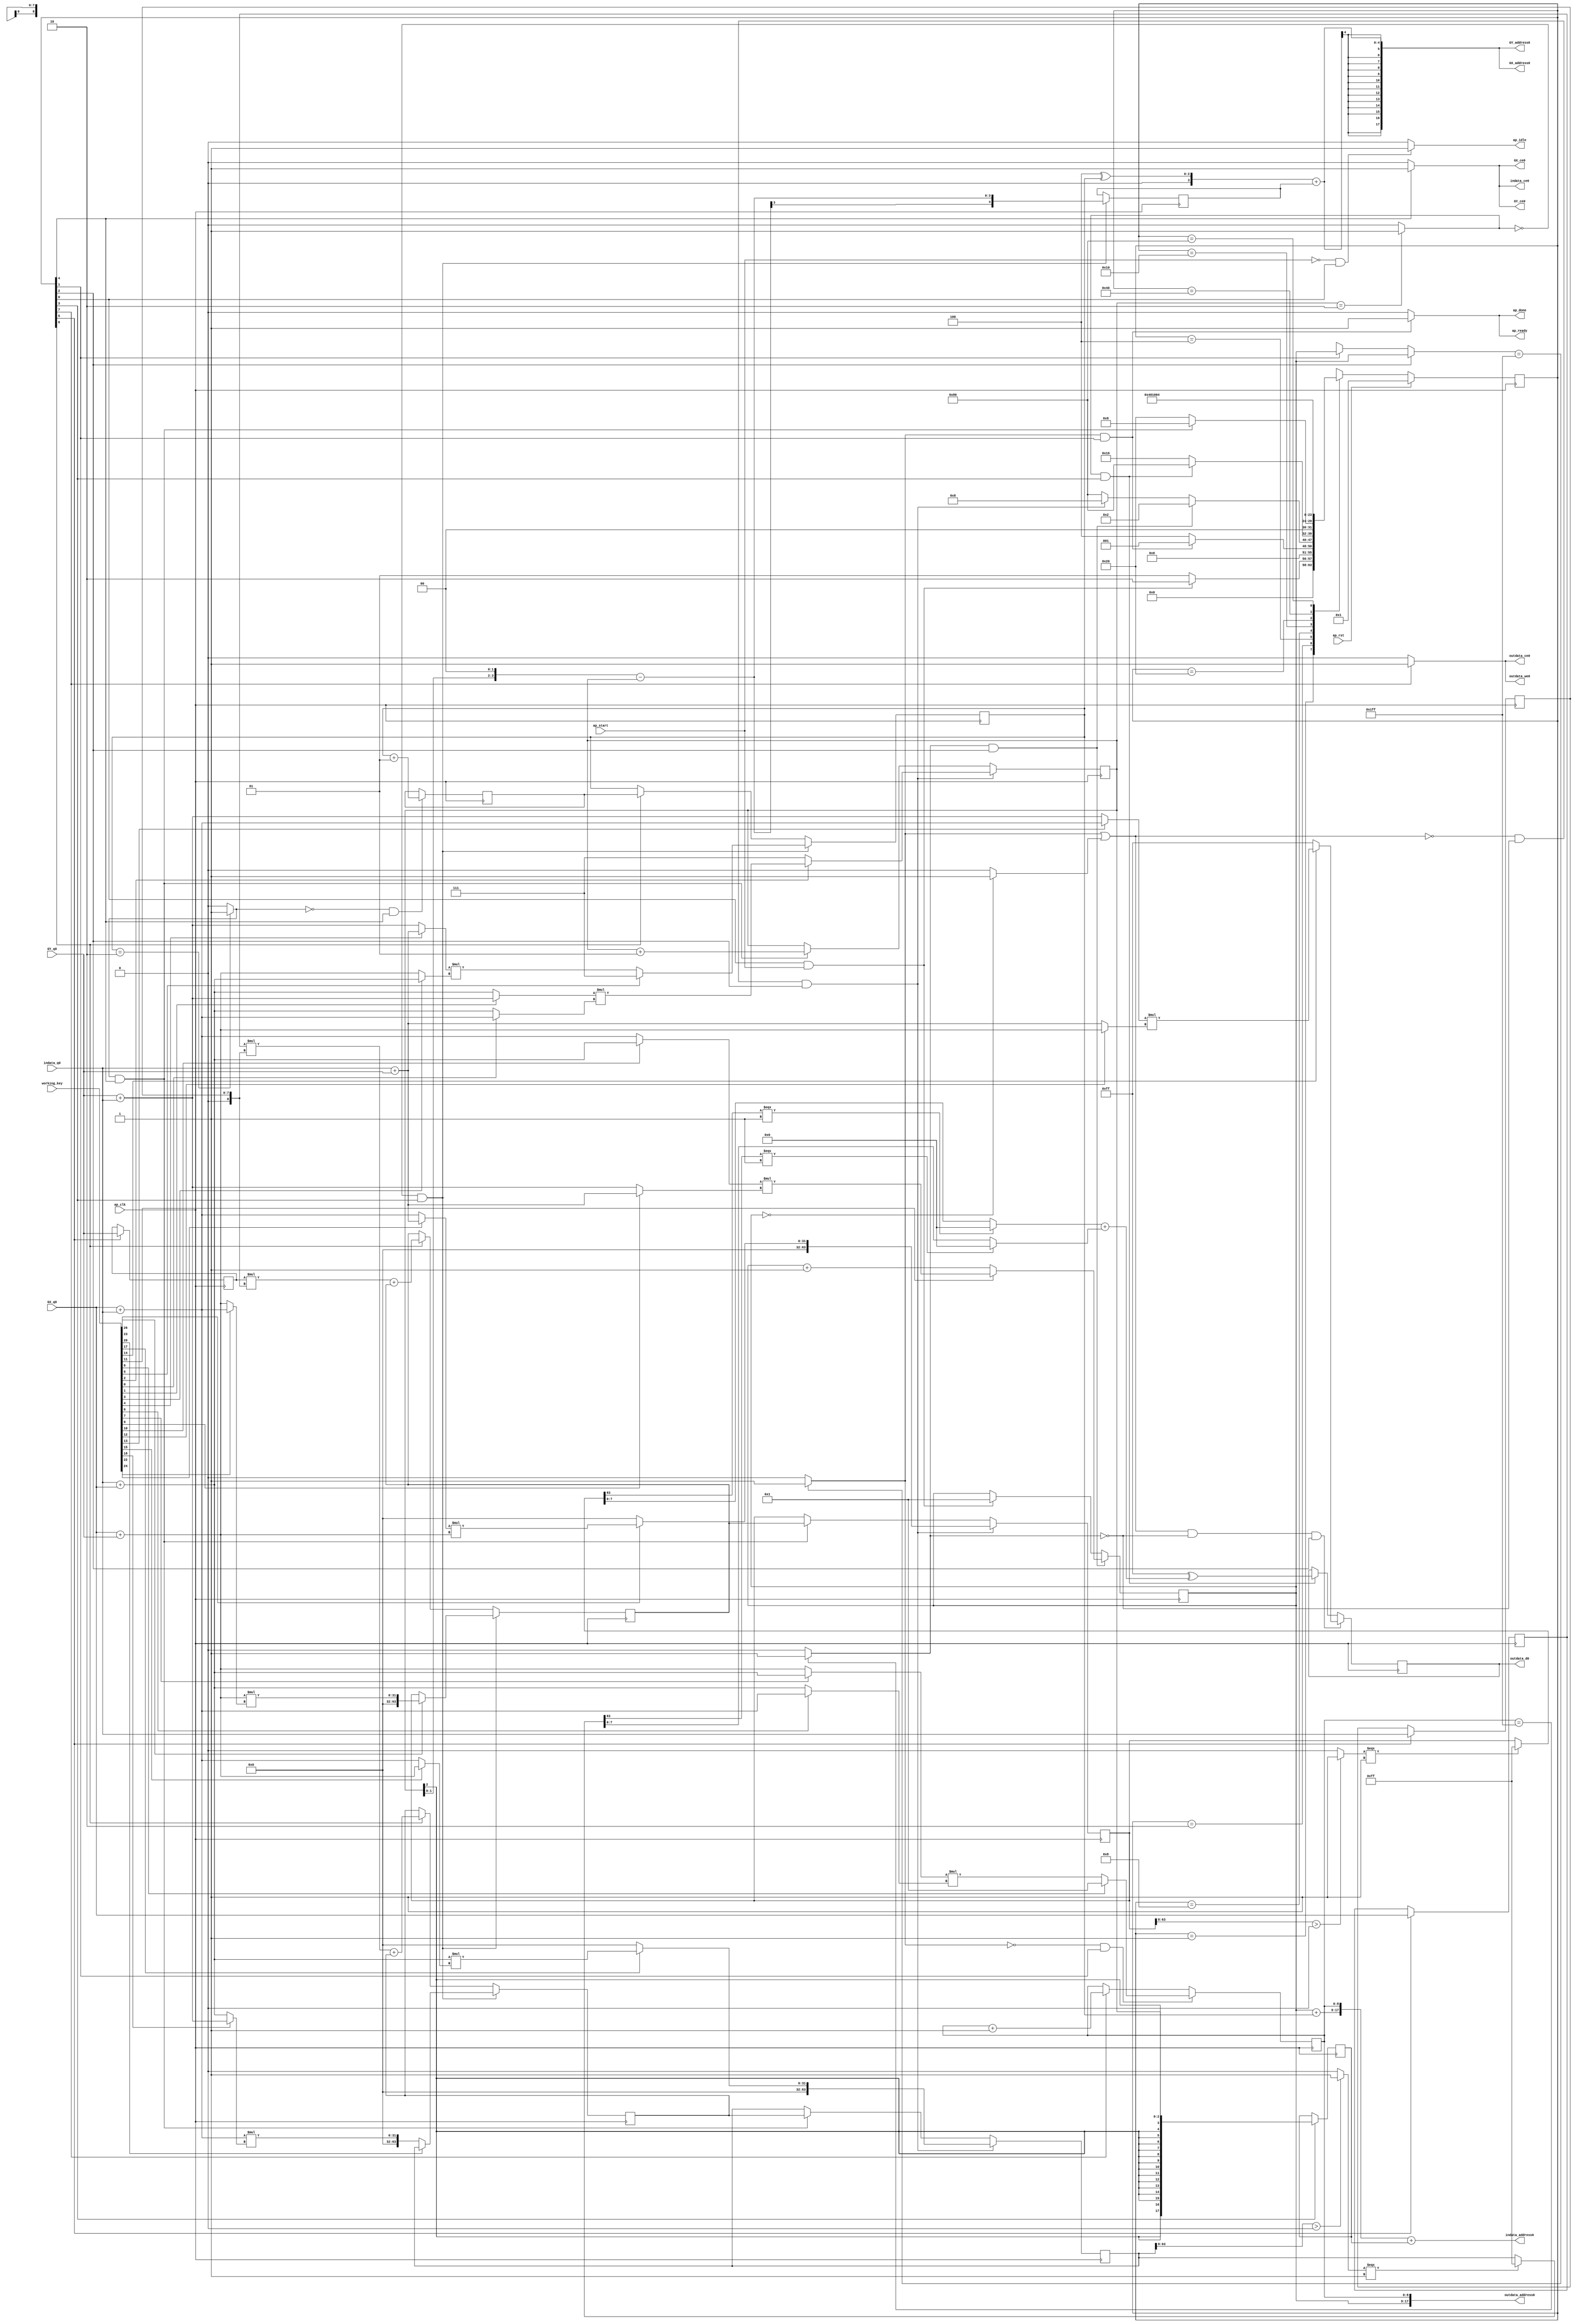

module sobel_0_obf
(
  ap_clk,
  ap_rst,
  ap_start,
  ap_done,
  ap_idle,
  ap_ready,
  indata_address0,
  indata_ce0,
  indata_q0,
  outdata_address0,
  outdata_ce0,
  outdata_we0,
  outdata_d0,
  GX_address0,
  GX_ce0,
  GX_q0,
  GY_address0,
  GY_ce0,
  GY_q0,
  working_key,
);

  parameter ap_ST_fsm_state1 = 8'd1;
  parameter ap_ST_fsm_state2 = 8'd2;
  parameter ap_ST_fsm_state3 = 8'd4;
  parameter ap_ST_fsm_state4 = 8'd8;
  parameter ap_ST_fsm_state5 = 8'd16;
  parameter ap_ST_fsm_state6 = 8'd32;
  parameter ap_ST_fsm_state7 = 8'd64;
  parameter ap_ST_fsm_state8 = 8'd128;
  input ap_clk;
  input ap_rst;
  input ap_start;
  output ap_done;
  output ap_idle;
  output ap_ready;
  input [26:0]working_key;
  output [17:0] indata_address0;
  output indata_ce0;
  input [7:0] indata_q0;
  output [17:0] outdata_address0;
  output outdata_ce0;
  output outdata_we0;
  output [7:0] outdata_d0;
  output [17:0] GX_address0;
  output GX_ce0;
  input [31:0] GX_q0;
  output [17:0] GY_address0;
  output GY_ce0;
  input [31:0] GY_q0;
  reg ap_done;
  reg ap_idle;
  reg ap_ready;
  reg indata_ce0;
  reg outdata_ce0;
  reg outdata_we0;
  reg GX_ce0;
  reg GY_ce0;
  reg [7:0] ap_CS_fsm;
  wire ap_CS_fsm_state1;
  wire [8:0] Y_fu_242_p2;
  wire ap_CS_fsm_state3;
  wire [0:0] icmp_ln14_fu_224_p2;
  wire signed [17:0] sext_ln37_fu_248_p1;
  reg signed [17:0] sext_ln37_reg_521;
  wire ap_CS_fsm_state4;
  wire signed [4:0] sext_ln39_1_fu_280_p1;
  reg signed [4:0] sext_ln39_1_reg_529;
  wire [0:0] icmp_ln37_fu_256_p2;
  wire [7:0] xor_ln51_fu_378_p2;
  wire ap_CS_fsm_state5;
  wire [0:0] icmp_ln38_fu_384_p2;
  wire [2:0] J_fu_443_p2;
  reg [2:0] J_reg_557;
  wire [2:0] I_fu_449_p2;
  reg [7:0] indata_load_reg_567;
  wire ap_CS_fsm_state6;
  reg signed [31:0] GX_load_reg_572;
  reg signed [31:0] GY_load_reg_577;
  wire [63:0] sumX_fu_467_p2;
  wire ap_CS_fsm_state7;
  wire [63:0] sumY_fu_482_p2;
  wire [8:0] X_fu_501_p2;
  wire ap_CS_fsm_state8;
  wire [8:0] ap_phi_mux_Y_0_phi_fu_114_p4;
  reg [8:0] Y_0_reg_110;
  reg [8:0] X_0_reg_122;
  wire ap_CS_fsm_state2;
  wire [0:0] grp_fu_217_p2;
  reg [63:0] sumY_0_reg_134;
  wire [0:0] empty_7_fu_236_p2;
  reg [63:0] sumX_0_reg_146;
  reg signed [2:0] I_0_reg_158;
  reg [63:0] sumY_1_reg_170;
  reg [63:0] sumX_1_reg_182;
  reg signed [2:0] J_0_reg_194;
  reg [7:0] phi_ln53_reg_205;
  wire [63:0] zext_ln39_fu_413_p1;
  wire [63:0] zext_ln39_3_fu_437_p1;
  wire [63:0] zext_ln53_fu_496_p1;
  reg [8:0] grp_fu_217_p0;
  wire [0:0] empty_6_fu_230_p2;
  wire [1:0] trunc_ln39_fu_262_p1;
  wire [3:0] shl_ln_fu_266_p3;
  wire signed [3:0] sext_ln37_1_fu_252_p1;
  wire [3:0] sub_ln39_fu_274_p2;
  wire [55:0] tmp_1_fu_284_p4;
  wire [0:0] icmp_ln43_fu_294_p2;
  wire [63:0] select_ln43_fu_300_p3;
  wire [0:0] tmp_2_fu_308_p3;
  wire [7:0] trunc_ln44_fu_316_p1;
  wire [55:0] tmp_3_fu_328_p4;
  wire [0:0] icmp_ln47_fu_338_p2;
  wire [63:0] select_ln47_fu_344_p3;
  wire [0:0] tmp_4_fu_352_p3;
  wire [7:0] trunc_ln48_fu_360_p1;
  wire [7:0] select_ln48_fu_364_p3;
  wire [7:0] select_ln44_fu_320_p3;
  wire [7:0] add_ln51_fu_372_p2;
  wire signed [8:0] sext_ln39_2_fu_390_p1;
  wire [8:0] add_ln39_fu_394_p2;
  wire [17:0] tmp_fu_400_p3;
  wire [17:0] add_ln39_1_fu_408_p2;
  wire [2:0] xor_ln39_fu_418_p2;
  wire [4:0] zext_ln39_2_fu_424_p1;
  wire [4:0] add_ln39_2_fu_428_p2;
  wire signed [31:0] sext_ln39_3_fu_433_p1;
  wire [7:0] mul_ln39_fu_458_p1;
  wire [31:0] zext_ln39_1_fu_455_p1;
  wire [31:0] mul_ln39_fu_458_p2;
  wire signed [63:0] sext_ln39_fu_463_p1;
  wire [7:0] mul_ln40_fu_473_p1;
  wire [31:0] mul_ln40_fu_473_p2;
  wire signed [63:0] sext_ln40_fu_478_p1;
  wire [17:0] add_ln_fu_488_p3;
  reg [7:0] ap_NS_fsm;
  wire [31:0] temp100;
  wire [31:0] temp102;
  wire [31:0] temp103;
  wire [31:0] temp104;
  wire [31:0] temp106;
  wire [31:0] temp107;
  wire [31:0] temp108;
  wire [31:0] temp110;
  wire [31:0] temp111;
  wire [31:0] temp112;
  wire [31:0] temp114;
  wire [31:0] temp115;
  wire [31:0] temp116;
  wire [31:0] temp118;
  wire [31:0] temp119;
  wire [31:0] temp120;
  wire [31:0] temp122;
  wire [31:0] temp123;
  wire [31:0] temp124;
  wire [31:0] temp126;
  wire [31:0] temp127;
  wire [31:0] temp128;
  wire [31:0] temp130;
  wire [31:0] temp131;
  wire [31:0] temp132;
  wire [31:0] temp134;
  wire [31:0] temp135;

  initial begin
    #0 ap_CS_fsm = 8'd1;
  end


  always @(posedge ap_clk) begin
    if(ap_rst == 1'b1) begin
      ap_CS_fsm <= ap_ST_fsm_state1;
    end else begin
      ap_CS_fsm <= ap_NS_fsm;
    end
  end


  always @(posedge ap_clk) begin
    if((empty_7_fu_236_p2 == 1'd0) & (icmp_ln14_fu_224_p2 == 1'd0) & (1'b1 == ap_CS_fsm_state3)) begin
      if(working_key[2] == 1'b1) begin
        I_0_reg_158 <= temp100;
      end else begin
        I_0_reg_158 <= 3'd7;
      end
    end else if((icmp_ln38_fu_384_p2 == 1'd1) & (1'b1 == ap_CS_fsm_state5)) begin
      I_0_reg_158 <= I_fu_449_p2;
    end 
  end


  always @(posedge ap_clk) begin
    if((icmp_ln37_fu_256_p2 == 1'd0) & (1'b1 == ap_CS_fsm_state4)) begin
      if(working_key[5] == 1'b1) begin
        J_0_reg_194 <= 3'd7;
      end else begin
        J_0_reg_194 <= temp104;
      end
    end else if(1'b1 == ap_CS_fsm_state7) begin
      J_0_reg_194 <= J_reg_557;
    end 
  end


  always @(posedge ap_clk) begin
    if((grp_fu_217_p2 == 1'd0) & (1'b1 == ap_CS_fsm_state2)) begin
      if(working_key[8] == 1'b1) begin
        X_0_reg_122 <= 9'd1;
      end else begin
        X_0_reg_122 <= temp108;
      end
    end else if(1'b1 == ap_CS_fsm_state8) begin
      X_0_reg_122 <= X_fu_501_p2;
    end 
  end


  always @(posedge ap_clk) begin
    if((icmp_ln14_fu_224_p2 == 1'd1) & (1'b1 == ap_CS_fsm_state3)) begin
      if(working_key[11] == 1'b1) begin
        Y_0_reg_110 <= temp112;
      end else begin
        Y_0_reg_110 <= Y_fu_242_p2;
      end
    end else if((1'b1 == ap_CS_fsm_state1) & (ap_start == 1'b1)) begin
      Y_0_reg_110 <= 9'd1;
    end 
  end


  always @(posedge ap_clk) begin
    if((empty_7_fu_236_p2 == 1'd1) & (icmp_ln14_fu_224_p2 == 1'd0) & (1'b1 == ap_CS_fsm_state3)) begin
      if(working_key[14] == 1'b1) begin
        phi_ln53_reg_205 <= temp116;
      end else begin
        phi_ln53_reg_205 <= 8'd255;
      end
    end else if((icmp_ln37_fu_256_p2 == 1'd1) & (1'b1 == ap_CS_fsm_state4)) begin
      phi_ln53_reg_205 <= xor_ln51_fu_378_p2;
    end 
  end


  always @(posedge ap_clk) begin
    if((empty_7_fu_236_p2 == 1'd0) & (icmp_ln14_fu_224_p2 == 1'd0) & (1'b1 == ap_CS_fsm_state3)) begin
      if(working_key[17] == 1'b1) begin
        sumX_0_reg_146 <= temp120;
      end else begin
        sumX_0_reg_146 <= 64'd0;
      end
    end else if((icmp_ln38_fu_384_p2 == 1'd1) & (1'b1 == ap_CS_fsm_state5)) begin
      sumX_0_reg_146 <= sumX_1_reg_182;
    end 
  end


  always @(posedge ap_clk) begin
    if((icmp_ln37_fu_256_p2 == 1'd0) & (1'b1 == ap_CS_fsm_state4)) begin
      if(working_key[20] == 1'b1) begin
        sumX_1_reg_182 <= sumX_0_reg_146;
      end else begin
        sumX_1_reg_182 <= temp124;
      end
    end else if(1'b1 == ap_CS_fsm_state7) begin
      sumX_1_reg_182 <= sumX_fu_467_p2;
    end 
  end


  always @(posedge ap_clk) begin
    if((empty_7_fu_236_p2 == 1'd0) & (icmp_ln14_fu_224_p2 == 1'd0) & (1'b1 == ap_CS_fsm_state3)) begin
      if(working_key[23] == 1'b1) begin
        sumY_0_reg_134 <= temp128;
      end else begin
        sumY_0_reg_134 <= 64'd0;
      end
    end else if((icmp_ln38_fu_384_p2 == 1'd1) & (1'b1 == ap_CS_fsm_state5)) begin
      sumY_0_reg_134 <= sumY_1_reg_170;
    end 
  end


  always @(posedge ap_clk) begin
    if((icmp_ln37_fu_256_p2 == 1'd0) & (1'b1 == ap_CS_fsm_state4)) begin
      if(working_key[26] == 1'b1) begin
        sumY_1_reg_170 <= temp132;
      end else begin
        sumY_1_reg_170 <= sumY_0_reg_134;
      end
    end else if(1'b1 == ap_CS_fsm_state7) begin
      sumY_1_reg_170 <= sumY_fu_482_p2;
    end 
  end


  always @(posedge ap_clk) begin
    if(1'b1 == ap_CS_fsm_state6) begin
      GX_load_reg_572 <= GX_q0;
      GY_load_reg_577 <= GY_q0;
      indata_load_reg_567 <= indata_q0;
    end 
  end


  always @(posedge ap_clk) begin
    if((icmp_ln38_fu_384_p2 == 1'd0) & (1'b1 == ap_CS_fsm_state5)) begin
      J_reg_557 <= J_fu_443_p2;
    end 
  end


  always @(posedge ap_clk) begin
    if(1'b1 == ap_CS_fsm_state4) begin
      sext_ln37_reg_521 <= sext_ln37_fu_248_p1;
    end 
  end


  always @(posedge ap_clk) begin
    if((icmp_ln37_fu_256_p2 == 1'd0) & (1'b1 == ap_CS_fsm_state4)) begin
      sext_ln39_1_reg_529 <= sext_ln39_1_fu_280_p1;
    end 
  end


  always @(*) begin
    if(1'b1 == ap_CS_fsm_state5) begin
      GX_ce0 = 1'b1;
    end else begin
      GX_ce0 = 1'b0;
    end
  end


  always @(*) begin
    if(1'b1 == ap_CS_fsm_state5) begin
      GY_ce0 = 1'b1;
    end else begin
      GY_ce0 = 1'b0;
    end
  end


  always @(*) begin
    if((grp_fu_217_p2 == 1'd1) & (1'b1 == ap_CS_fsm_state2)) begin
      ap_done = 1'b1;
    end else begin
      ap_done = 1'b0;
    end
  end


  always @(*) begin
    if((ap_start == 1'b0) & (1'b1 == ap_CS_fsm_state1)) begin
      ap_idle = 1'b1;
    end else begin
      ap_idle = 1'b0;
    end
  end


  always @(*) begin
    if((grp_fu_217_p2 == 1'd1) & (1'b1 == ap_CS_fsm_state2)) begin
      ap_ready = 1'b1;
    end else begin
      ap_ready = 1'b0;
    end
  end


  always @(*) begin
    if(1'b1 == ap_CS_fsm_state3) begin
      grp_fu_217_p0 = Y_0_reg_110;
    end else if(1'b1 == ap_CS_fsm_state2) begin
      grp_fu_217_p0 = ap_phi_mux_Y_0_phi_fu_114_p4;
    end else begin
      grp_fu_217_p0 = 'bx;
    end
  end


  always @(*) begin
    if(1'b1 == ap_CS_fsm_state5) begin
      indata_ce0 = 1'b1;
    end else begin
      indata_ce0 = 1'b0;
    end
  end


  always @(*) begin
    if(1'b1 == ap_CS_fsm_state8) begin
      outdata_ce0 = 1'b1;
    end else begin
      outdata_ce0 = 1'b0;
    end
  end


  always @(*) begin
    if(1'b1 == ap_CS_fsm_state8) begin
      outdata_we0 = 1'b1;
    end else begin
      outdata_we0 = 1'b0;
    end
  end


  always @(*) begin
    case(ap_CS_fsm)
      ap_ST_fsm_state1: begin
        if((1'b1 == ap_CS_fsm_state1) & (ap_start == 1'b1)) begin
          ap_NS_fsm = ap_ST_fsm_state2;
        end else begin
          ap_NS_fsm = ap_ST_fsm_state1;
        end
      end
      ap_ST_fsm_state2: begin
        if((grp_fu_217_p2 == 1'd1) & (1'b1 == ap_CS_fsm_state2)) begin
          ap_NS_fsm = ap_ST_fsm_state1;
        end else begin
          ap_NS_fsm = ap_ST_fsm_state3;
        end
      end
      ap_ST_fsm_state3: begin
        if((icmp_ln14_fu_224_p2 == 1'd1) & (1'b1 == ap_CS_fsm_state3)) begin
          ap_NS_fsm = ap_ST_fsm_state2;
        end else if((empty_7_fu_236_p2 == 1'd0) & (icmp_ln14_fu_224_p2 == 1'd0) & (1'b1 == ap_CS_fsm_state3)) begin
          ap_NS_fsm = ap_ST_fsm_state4;
        end else begin
          ap_NS_fsm = ap_ST_fsm_state8;
        end
      end
      ap_ST_fsm_state4: begin
        if((icmp_ln37_fu_256_p2 == 1'd1) & (1'b1 == ap_CS_fsm_state4)) begin
          ap_NS_fsm = ap_ST_fsm_state8;
        end else begin
          ap_NS_fsm = ap_ST_fsm_state5;
        end
      end
      ap_ST_fsm_state5: begin
        if((icmp_ln38_fu_384_p2 == 1'd1) & (1'b1 == ap_CS_fsm_state5)) begin
          ap_NS_fsm = ap_ST_fsm_state4;
        end else begin
          ap_NS_fsm = ap_ST_fsm_state6;
        end
      end
      ap_ST_fsm_state6: begin
        ap_NS_fsm = ap_ST_fsm_state7;
      end
      ap_ST_fsm_state7: begin
        ap_NS_fsm = ap_ST_fsm_state5;
      end
      ap_ST_fsm_state8: begin
        ap_NS_fsm = ap_ST_fsm_state3;
      end
      default: begin
        ap_NS_fsm = 'bx;
      end
    endcase
  end

  assign GX_address0 = zext_ln39_3_fu_437_p1;
  assign GY_address0 = zext_ln39_3_fu_437_p1;
  assign I_fu_449_p2 = $signed(I_0_reg_158) + $signed(3'd1);
  assign J_fu_443_p2 = $signed(J_0_reg_194) + $signed(3'd1);
  assign X_fu_501_p2 = X_0_reg_122 + 9'd1;
  assign Y_fu_242_p2 = Y_0_reg_110 + 9'd1;
  assign add_ln39_1_fu_408_p2 = $signed(tmp_fu_400_p3) + $signed(sext_ln37_reg_521);
  assign add_ln39_2_fu_428_p2 = $signed(zext_ln39_2_fu_424_p1) + $signed(sext_ln39_1_reg_529);
  assign add_ln39_fu_394_p2 = $signed(Y_0_reg_110) + $signed(sext_ln39_2_fu_390_p1);
  assign add_ln51_fu_372_p2 = select_ln48_fu_364_p3 + select_ln44_fu_320_p3;
  assign add_ln_fu_488_p3 = { { Y_0_reg_110 }, { X_0_reg_122 } };
  assign ap_CS_fsm_state1 = ap_CS_fsm[32'd0];
  assign ap_CS_fsm_state2 = ap_CS_fsm[32'd1];
  assign ap_CS_fsm_state3 = ap_CS_fsm[32'd2];
  assign ap_CS_fsm_state4 = ap_CS_fsm[32'd3];
  assign ap_CS_fsm_state5 = ap_CS_fsm[32'd4];
  assign ap_CS_fsm_state6 = ap_CS_fsm[32'd5];
  assign ap_CS_fsm_state7 = ap_CS_fsm[32'd6];
  assign ap_CS_fsm_state8 = ap_CS_fsm[32'd7];
  assign ap_phi_mux_Y_0_phi_fu_114_p4 = Y_0_reg_110;
  assign empty_6_fu_230_p2 = (Y_0_reg_110 == 9'd0)? 1'b1 : 1'b0;
  assign empty_7_fu_236_p2 = grp_fu_217_p2 | empty_6_fu_230_p2;
  assign grp_fu_217_p2 = (grp_fu_217_p0 == 9'd511)? 1'b1 : 1'b0;
  assign icmp_ln14_fu_224_p2 = (X_0_reg_122 == 9'd511)? 1'b1 : 1'b0;
  assign icmp_ln37_fu_256_p2 = (I_0_reg_158 == 3'd2)? 1'b1 : 1'b0;
  assign icmp_ln38_fu_384_p2 = (J_0_reg_194 == 3'd2)? 1'b1 : 1'b0;
  assign icmp_ln43_fu_294_p2 = ($signed(tmp_1_fu_284_p4) > $signed(56'd0))? 1'b1 : 1'b0;
  assign icmp_ln47_fu_338_p2 = ($signed(tmp_3_fu_328_p4) > $signed(56'd0))? 1'b1 : 1'b0;
  assign indata_address0 = zext_ln39_fu_413_p1;
  assign mul_ln39_fu_458_p1 = zext_ln39_1_fu_455_p1;
  assign mul_ln39_fu_458_p2 = $signed(GX_load_reg_572) * $signed({ { 1'b0 }, { mul_ln39_fu_458_p1 } });
  assign mul_ln40_fu_473_p1 = zext_ln39_1_fu_455_p1;
  assign mul_ln40_fu_473_p2 = $signed(GY_load_reg_577) * $signed({ { 1'b0 }, { mul_ln40_fu_473_p1 } });
  assign outdata_address0 = zext_ln53_fu_496_p1;
  assign outdata_d0 = phi_ln53_reg_205;
  assign select_ln43_fu_300_p3 = (icmp_ln43_fu_294_p2[0:0] === 1'b1)? 64'd255 : sumX_0_reg_146;
  assign select_ln44_fu_320_p3 = (tmp_2_fu_308_p3[0:0] === 1'b1)? 8'd0 : trunc_ln44_fu_316_p1;
  assign select_ln47_fu_344_p3 = (icmp_ln47_fu_338_p2[0:0] === 1'b1)? 64'd255 : sumY_0_reg_134;
  assign select_ln48_fu_364_p3 = (tmp_4_fu_352_p3[0:0] === 1'b1)? 8'd0 : trunc_ln48_fu_360_p1;
  assign sext_ln37_1_fu_252_p1 = I_0_reg_158;
  assign sext_ln37_fu_248_p1 = I_0_reg_158;
  assign sext_ln39_1_fu_280_p1 = $signed(sub_ln39_fu_274_p2);
  assign sext_ln39_2_fu_390_p1 = J_0_reg_194;
  assign sext_ln39_3_fu_433_p1 = $signed(add_ln39_2_fu_428_p2);
  assign sext_ln39_fu_463_p1 = $signed(mul_ln39_fu_458_p2);
  assign sext_ln40_fu_478_p1 = $signed(mul_ln40_fu_473_p2);
  assign shl_ln_fu_266_p3 = { { trunc_ln39_fu_262_p1 }, { 2'd0 } };
  assign sub_ln39_fu_274_p2 = $signed(shl_ln_fu_266_p3) - $signed(sext_ln37_1_fu_252_p1);
  assign sumX_fu_467_p2 = $signed(sext_ln39_fu_463_p1) + $signed(sumX_1_reg_182);
  assign sumY_fu_482_p2 = $signed(sext_ln40_fu_478_p1) + $signed(sumY_1_reg_170);
  assign tmp_1_fu_284_p4 = { { sumX_0_reg_146[63:8] } };
  assign tmp_2_fu_308_p3 = select_ln43_fu_300_p3[32'd63];
  assign tmp_3_fu_328_p4 = { { sumY_0_reg_134[63:8] } };
  assign tmp_4_fu_352_p3 = select_ln47_fu_344_p3[32'd63];
  assign tmp_fu_400_p3 = { { add_ln39_fu_394_p2 }, { X_0_reg_122 } };
  assign trunc_ln39_fu_262_p1 = I_0_reg_158[1:0];
  assign trunc_ln44_fu_316_p1 = select_ln43_fu_300_p3[7:0];
  assign trunc_ln48_fu_360_p1 = select_ln47_fu_344_p3[7:0];
  assign xor_ln39_fu_418_p2 = 3'd4 ^ J_0_reg_194;
  assign xor_ln51_fu_378_p2 = 8'd255 ^ add_ln51_fu_372_p2;
  assign zext_ln39_1_fu_455_p1 = indata_load_reg_567;
  assign zext_ln39_2_fu_424_p1 = xor_ln39_fu_418_p2;
  assign zext_ln39_3_fu_437_p1 = $unsigned(sext_ln39_3_fu_433_p1);
  assign zext_ln39_fu_413_p1 = add_ln39_1_fu_408_p2;
  assign zext_ln53_fu_496_p1 = add_ln_fu_488_p3;

  assign temp100 = temp102 * temp103;
  assign temp103 = (working_key[0] == 1'b1)? GX_q0 + indata_q0 : indata_q0 + GX_q0;
  assign temp102 = (working_key[1] == 1'b1)? GY_q0 + indata_q0 : indata_q0 + GX_q0;
  assign temp104 = temp106 * temp107;
  assign temp107 = (working_key[3] == 1'b1)? indata_q0 + GX_q0 : GX_q0 + GY_q0;
  assign temp106 = (working_key[4] == 1'b1)? indata_q0 + GY_q0 : GY_q0 + indata_q0;
  assign temp108 = temp110 * temp111;
  assign temp111 = (working_key[6] == 1'b1)? GX_q0 + indata_q0 : indata_q0 + GX_q0;
  assign temp110 = (working_key[7] == 1'b1)? indata_q0 + GX_q0 : GY_q0 + GX_q0;
  assign temp112 = temp114 * temp115;
  assign temp115 = (working_key[9] == 1'b1)? indata_q0 + GY_q0 : GY_q0 + indata_q0;
  assign temp114 = (working_key[10] == 1'b1)? indata_q0 + GX_q0 : GX_q0 + indata_q0;
  assign temp116 = temp118 * temp119;
  assign temp119 = (working_key[12] == 1'b1)? GY_q0 + GX_q0 : indata_q0 + GY_q0;
  assign temp118 = (working_key[13] == 1'b1)? GX_q0 + indata_q0 : GY_q0 + indata_q0;
  assign temp120 = temp122 * temp123;
  assign temp123 = (working_key[15] == 1'b1)? GY_q0 + GX_q0 : GX_q0 + indata_q0;
  assign temp122 = (working_key[16] == 1'b1)? indata_q0 + GX_q0 : indata_q0 + GX_q0;
  assign temp124 = temp126 * temp127;
  assign temp127 = (working_key[18] == 1'b1)? GY_q0 + indata_q0 : indata_q0 + GX_q0;
  assign temp126 = (working_key[19] == 1'b1)? GX_q0 + indata_q0 : GX_q0 + indata_q0;
  assign temp128 = temp130 * temp131;
  assign temp131 = (working_key[21] == 1'b1)? GY_q0 + GX_q0 : GX_q0 + GY_q0;
  assign temp130 = (working_key[22] == 1'b1)? indata_q0 + GY_q0 : GX_q0 + indata_q0;
  assign temp132 = temp134 * temp135;
  assign temp135 = (working_key[24] == 1'b1)? GX_q0 + indata_q0 : GX_q0 + GY_q0;
  assign temp134 = (working_key[25] == 1'b1)? GX_q0 + GY_q0 : GY_q0 + GX_q0;

endmodule